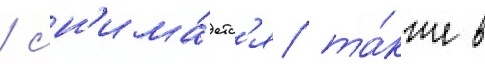
/ сн'има́етс'я та́кже в